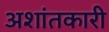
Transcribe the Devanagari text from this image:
अशांतकारी